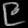
Digit: ၉